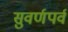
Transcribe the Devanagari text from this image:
सुवर्णपर्व